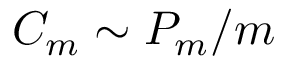
C _ { m } \sim P _ { m } / m